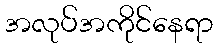
အလုပ်အကိုင်နေရာ